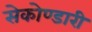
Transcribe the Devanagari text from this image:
सेकोण्डारी